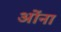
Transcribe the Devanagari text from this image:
ओंना